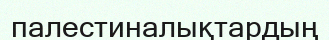
палестиналықтардың